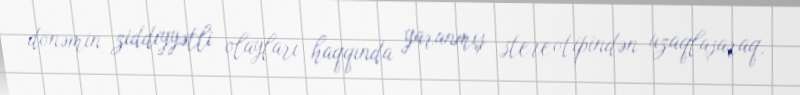
dönəmin ziddiyyətli olayları haqqında yaranmış stereotipindən uzaqlaşaraq,